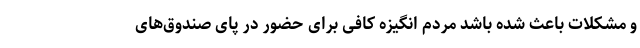
و مشکلات باعث شده باشد مردم انگیزه کافی برای حضور در پای صندوق‌های